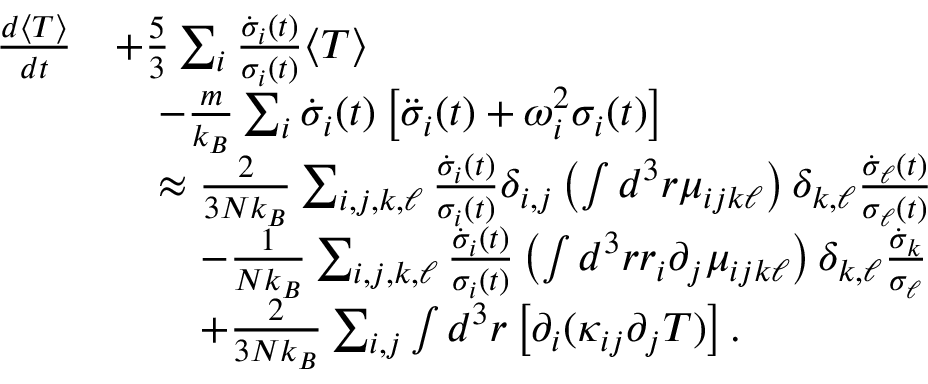
\begin{array} { r l } { \frac { d \langle T \rangle } { d t } } & { + \frac { 5 } { 3 } \sum _ { i } \frac { \dot { \sigma } _ { i } ( t ) } { \sigma _ { i } ( t ) } \langle T \rangle } \\ & { \quad - \frac { m } { k _ { B } } \sum _ { i } \dot { \sigma } _ { i } ( t ) \left[ \ddot { \sigma } _ { i } ( t ) + \omega _ { i } ^ { 2 } \sigma _ { i } ( t ) \right] } \\ & { \quad \approx \frac { 2 } { 3 N k _ { B } } \sum _ { i , j , k , \ell } \frac { \dot { \sigma } _ { i } ( t ) } { \sigma _ { i } ( t ) } \delta _ { i , j } \left( \int d ^ { 3 } r \mu _ { i j k \ell } \right) \delta _ { k , \ell } \frac { \dot { \sigma } _ { \ell } ( t ) } { \sigma _ { \ell } ( t ) } } \\ & { \quad \quad - \frac { 1 } { N k _ { B } } \sum _ { i , j , k , \ell } \frac { \dot { \sigma } _ { i } ( t ) } { \sigma _ { i } ( t ) } \left( \int d ^ { 3 } r r _ { i } \partial _ { j } \mu _ { i j k \ell } \right) \delta _ { k , \ell } \frac { \dot { \sigma } _ { k } } { \sigma _ { \ell } } } \\ & { \quad \quad + \frac { 2 } { 3 N k _ { B } } \sum _ { i , j } \int d ^ { 3 } r \left[ \partial _ { i } ( \kappa _ { i j } \partial _ { j } T ) \right] . } \end{array}